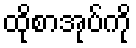
ထိုစာအုပ်ကို